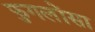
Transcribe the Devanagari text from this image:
फुगलोंसा